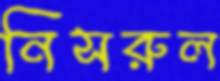
নিসরুল